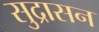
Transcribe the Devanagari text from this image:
सुद्रासन